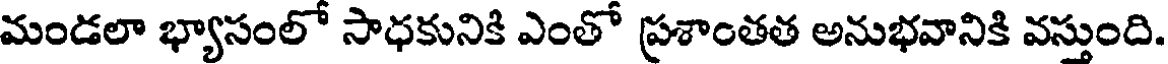
మండలా భ్యాసంలో సాధకునికి ఎంతో ప్రశాంతత అనుభవానికి వస్తుంది.